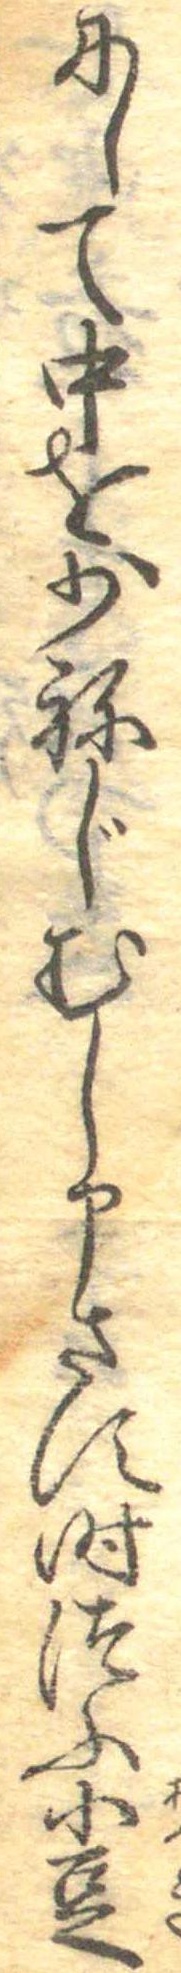
にして中を少ねじむし申さす時つふ小豆